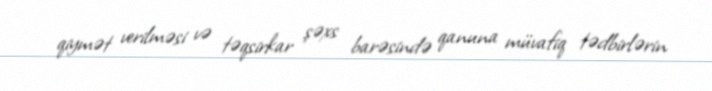
qiymət verilməsi və təqsirkar şəxs barəsində qanuna müvafiq tədbirlərin